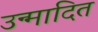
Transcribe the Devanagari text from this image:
उन्मादित